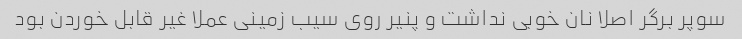
سوپر برگر اصلا نان خوبی نداشت و پنیر روی سیب زمینی عملا غیر قابل خوردن بود